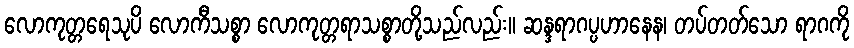
လောကုတ္တရေသုပိ လောကီသစ္စာ လောကုတ္တရာသစ္စာတို့သည်လည်း။ ဆန္ဒရာဂပ္ပဟာနေန၊ တပ်တတ်သော ရာဂကို